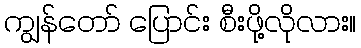
ကျွန်တော် ပြောင်း စီးဖို့လိုလား။